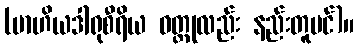
(ဗာဟိယဒါရုစီရိယ ဝတ္ထုလည်း နည်းတူပင်)။